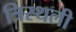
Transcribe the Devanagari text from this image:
त्रिस्थली